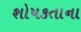
શોષકતાના